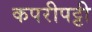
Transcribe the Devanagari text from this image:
कपरीपट्टी